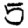
Digit: 5